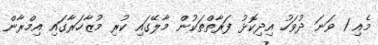
މެއި 1 ވަނަ ދުވަހު އިދިކޮޅު ފަރާތްތަކުން މާލޭގައި ކުރި މުޒާހަރާގައި އިމްރާން